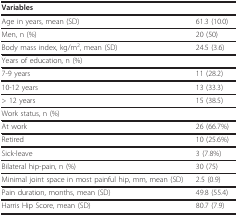
<table><thead><tr><td><b>Variables</b></td><td></td></tr></thead><tbody><tr><td>Age in years, mean (SD)</td><td>61.3 (10.0)</td></tr><tr><td>Men, n (%)</td><td>20 (50)</td></tr><tr><td>Body mass index, kg/m<sup>2</sup>, mean (SD)</td><td>24.5 (3.6)</td></tr><tr><td>Years of education, n (%)</td><td></td></tr><tr><td>7-9 years</td><td>11 (28.2)</td></tr><tr><td>10-12 years</td><td>13 (33.3)</td></tr><tr><td>&gt; 12 years</td><td>15 (38.5)</td></tr><tr><td>Work status, n (%)</td><td></td></tr><tr><td>At work</td><td>26 (66.7%)</td></tr><tr><td>Retired</td><td>10 (25.6%)</td></tr><tr><td>Sick-leave</td><td>3 (7.8%)</td></tr><tr><td>Bilateral hip-pain, n (%)</td><td>30 (75)</td></tr><tr><td>Minimal joint space in most painful hip, mm, mean (SD)</td><td>2.5 (0.9)</td></tr><tr><td>Pain duration, months, mean (SD)</td><td>49.8 (55.4)</td></tr><tr><td>Harris Hip Score, mean (SD)</td><td>80.7 (7.9)</td></tr></tbody></table>